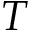
T